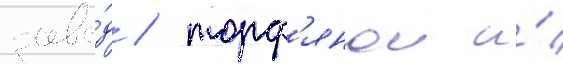
заво́д / торф'янои и́